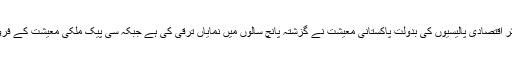
انہوں نے کہا کہ حکومت کی موثر اقتصادی پالیسیوں کی بدولت پاکستانی معیشت نے گزشتہ پانچ سالوں میں نمایاں ترقی کی ہے جبکہ سی پیک ملکی معیشت کے فروغ میں نمایاں کردار ادا کرے گا۔